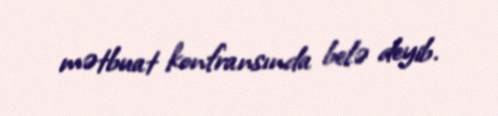
mətbuat konfransında belə deyib.